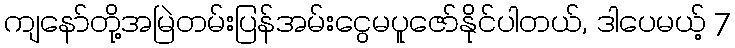
ကျနော်တို့အမြဲတမ်းပြန်အမ်းငွေမပူဇော်နိုင်ပါတယ်, ဒါပေမယ့် 7